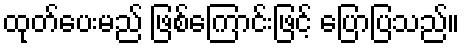
ထုတ်ပေးမည် ဖြစ်ကြောင်းဖြင့် ပြောပြသည်။